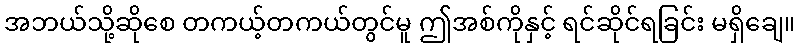
အဘယ်သို့ဆိုစေ တကယ့်တကယ်တွင်မူ ဤအစ်ကိုနှင့် ရင်ဆိုင်ရခြင်း မရှိချေ။